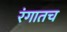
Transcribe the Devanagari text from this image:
रंगातच